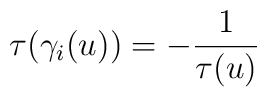
\tau(\gamma_i(u)) = -\frac{1}{\tau(u)}